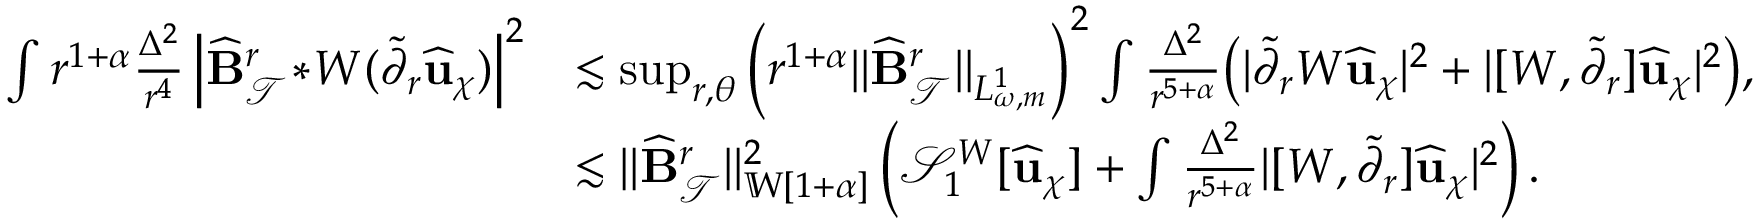
\begin{array} { r l } { \int r ^ { 1 + \alpha } \frac { \Delta ^ { 2 } } { r ^ { 4 } } \left| \widehat { \mathbf { B } } _ { \mathcal { T } } ^ { r } \! * \! W ( \widetilde { \partial } _ { r } \widehat { \mathbf { u } } _ { \chi } ) \right| ^ { 2 } } & { \lesssim \operatorname* { s u p } _ { r , \theta } \Big ( r ^ { 1 + \alpha } \lVert \widehat { \mathbf { B } } _ { \mathcal { T } } ^ { r } \rVert _ { L _ { \omega , m } ^ { 1 } } \Big ) ^ { 2 } \int \frac { \Delta ^ { 2 } } { r ^ { 5 + \alpha } } \big ( | \widetilde { \partial } _ { r } W \widehat { \mathbf { u } } _ { \chi } | ^ { 2 } + | [ W , \widetilde { \partial } _ { r } ] \widehat { \mathbf { u } } _ { \chi } | ^ { 2 } \big ) , } \\ & { \lesssim \lVert \widehat { \mathbf { B } } _ { \mathcal { T } } ^ { r } \rVert _ { { \mathbb { W } [ { 1 + \alpha } ] } } ^ { 2 } \left( \mathcal { S } _ { 1 } ^ { W } [ \widehat { \mathbf { u } } _ { \chi } ] + \int \frac { \Delta ^ { 2 } } { r ^ { 5 + \alpha } } | [ W , \widetilde { \partial } _ { r } ] \widehat { \mathbf { u } } _ { \chi } | ^ { 2 } \right) . } \end{array}